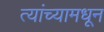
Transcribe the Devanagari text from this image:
त्यांच्यामधून